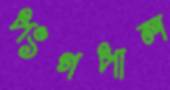
পংগপাল